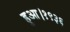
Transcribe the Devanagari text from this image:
हुआ।१९३६